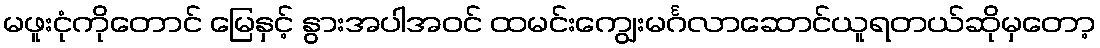
မဖူးငုံကိုတောင် မြေနှင့် နွားအပါအဝင် ထမင်းကျွေးမင်္ဂလာဆောင်ယူရတယ်ဆိုမှတော့